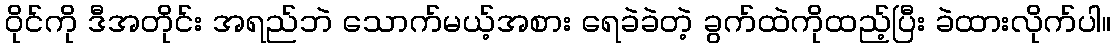
ဝိုင်ကို ဒီအတိုင်း အရည်ဘဲ သောက်မယ့်အစား ရေခဲခဲတဲ့ ခွက်ထဲကိုထည့်ပြီး ခဲထားလိုက်ပါ။